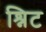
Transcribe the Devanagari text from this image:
श्निट